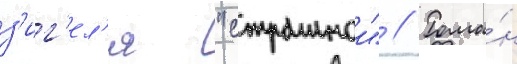
з'иг'ел'я "страннои" // Рома́н